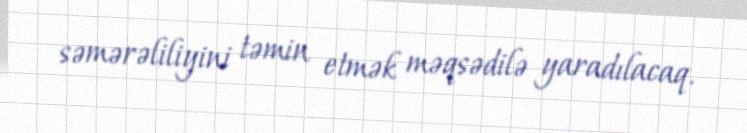
səmərəliliyini təmin etmək məqsədilə yaradılacaq.